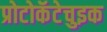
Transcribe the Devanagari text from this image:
प्रोटोकॅटेचुइक